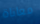
معاناة